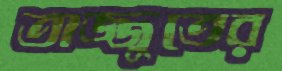
তাজ্জুতের